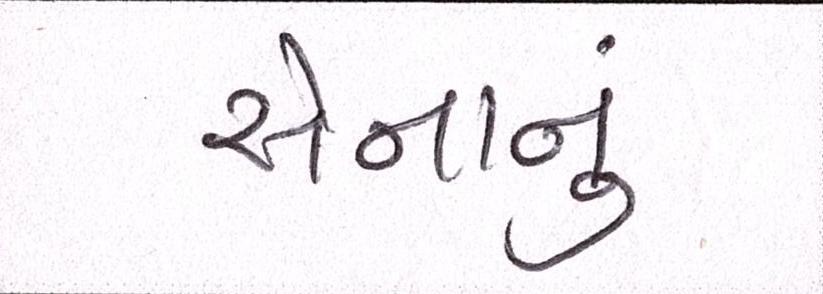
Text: સેનાનું